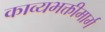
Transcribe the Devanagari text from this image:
काव्यभक्तीमार्ग